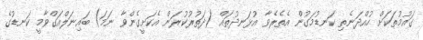
ގައުމުތަކަށް ހުއްދަނެތި ކަނޑުމަގުން އެތެރެވާ އުޅަނދުތައް (ދަތުރުކުރަން އެކަށީގެންވާ ނަމަ) ބައިނަލްއަގްވާމީ ކަނޑުގެ